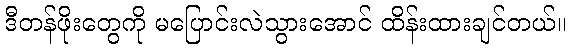
ဒီတန်ဖိုးတွေကို မပြောင်းလဲသွားအောင် ထိန်းထားချင်တယ်။